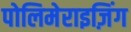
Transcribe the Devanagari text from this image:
पोलिमेराइज़िंग